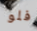
فلو